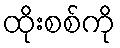
ထိုးစစ်ကို